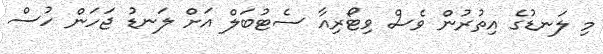
މި ލަނޑުގެ އިތުރުން ވެސް ވިޓޯރިއާ ސެޓުބަލް އަށް ލަނޑު ޖަހަން ހުސް